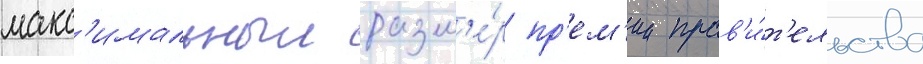
макс'имальныи разм'е́р пр'ем'ии прав'и́т'ельства